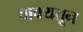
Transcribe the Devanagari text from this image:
वाक्यतून